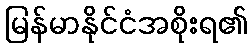
မြန်မာနိုင်ငံအစိုးရ၏